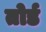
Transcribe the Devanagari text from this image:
तोर्ड